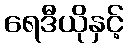
ရေဒီယိုနှင့်